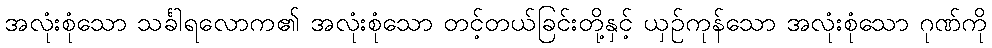
အလုံးစုံသော သင်္ခါရလောက၏ အလုံးစုံသော တင့်တယ်ခြင်းတို့နှင့် ယှဉ်ကုန်သော အလုံးစုံသော ဂုဏ်ကို